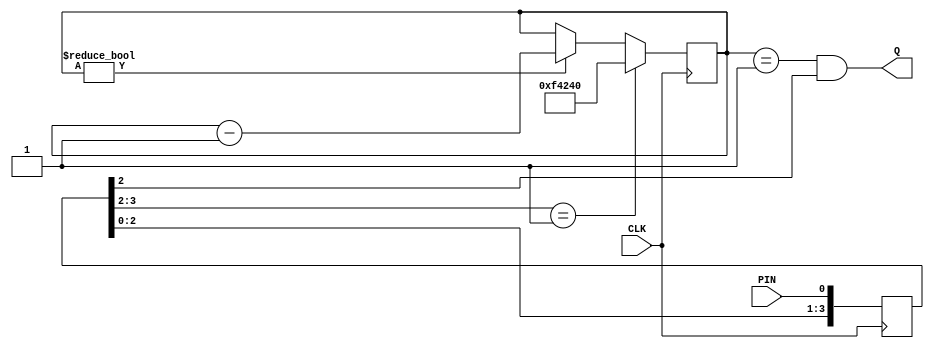
//=============================================================================
//               ------->  Revision History  <------
//=============================================================================
//
//   Date     Who   Ver  Changes
//=============================================================================
// 10-May-22  DWW     1  Initial creation
//
// 31-Mar-24  DWW     2  General cleanup, because I'm better at Verilog than
//                       I used to be :-)
//=============================================================================


//=============================================================================
// button - Detects the high-going or low-going edge of a pin 
//
// Input:  CLK = system clock
//         PIN = the pin to look for an edge on
//
// Output:  Q = 1 if an active-going edge is detected, otherwise 0
//
// Notes: edge detection is fully debounced.  Q only goes high if a specified 
//        pin is still active 10ms after the active-going edge was initially 
//        detected 
//=============================================================================
module button#
(
    parameter ACTIVE_STATE    = 1,
    parameter CLOCKS_PER_USEC = 100,
    parameter DEBOUNCE_MSEC   = 10
) 
(
    input CLK, input PIN, output Q
);
    
    localparam DEBOUNCE_PERIOD = CLOCKS_PER_USEC * DEBOUNCE_MSEC * 1000;
    
    // Determine how many bits wide "DEBOUNCE_PERIOD"
    localparam COUNTER_WIDTH = $clog2(DEBOUNCE_PERIOD);

    // If ACTIVE=1, an active edge is low-to-high.
    // If ACTIVE_STATE=0, an active edge is high-to-low
    localparam ACTIVE_EDGE = ACTIVE_STATE ? 2'b01 : 2'b10;
    
    // All three bits button_sync start out in the "inactive" state
    (* ASYNC_REG = "TRUE" *) reg [3:0] button_sync = ACTIVE_STATE ? 0 : -1;

    // This the current state of the button, post synchronization
    wire button_state = button_sync[2];

    // This count will clock down as a debounce timer
    reg [COUNTER_WIDTH-1 : 0] debounce_clock = 0;
    
    // This is 1 on any cycle that an active-going edge is detected
    assign Q = (debounce_clock == 1) & (button_state == ACTIVE_STATE);    

    // Synchronise "PIN" into "button_sync"
    always @(posedge CLK) begin
        button_sync <= {button_sync[2:0], PIN};
    end

    // We're going to check for edges on every clock cycle
    always @(posedge CLK) begin
        
        // If we've detected the edge we're looking for, start the debounce clock
        if (button_sync[3:2] == ACTIVE_EDGE)
            debounce_clock <= DEBOUNCE_PERIOD;
        else if (debounce_clock)
            debounce_clock <= debounce_clock - 1;
    end
    
endmodule
//=============================================================================